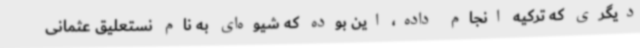
دیگری که ترکیه انجام داده، این بوده که شیوه‌ای به نام نستعلیق عثمانی